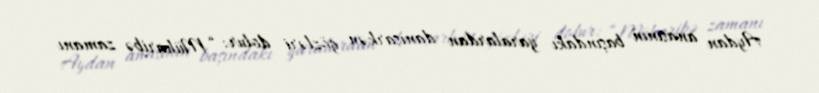
Aydan anasının başındakı yaralardan danışarkən gözləri dolur: “Müharibə zamanı